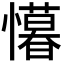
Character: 𭟒